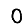
Digit: 0